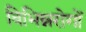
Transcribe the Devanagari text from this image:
विभिन्नरोगों